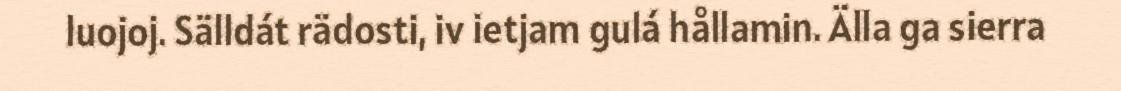
luojoj. Sälldát rädosti, iv ietjam gulá hållamin. Älla ga sierra